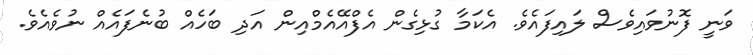
ވަނީ ފޮނުވައިވެސް ލައިފައެވެ. އެކަމާ ގުޅިގެން އެފްއޭއެމްއިން އަދި ބަހެއް ބުނެފައެއް ނުވެއެވެ.